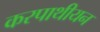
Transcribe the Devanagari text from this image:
करपाथीयन